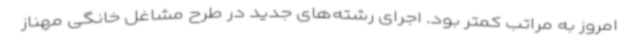
امروز به مراتب کمتر بود. اجرای رشته‌های جدید در طرح مشاغل خانگی مهناز